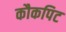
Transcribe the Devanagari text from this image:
कौकपिट